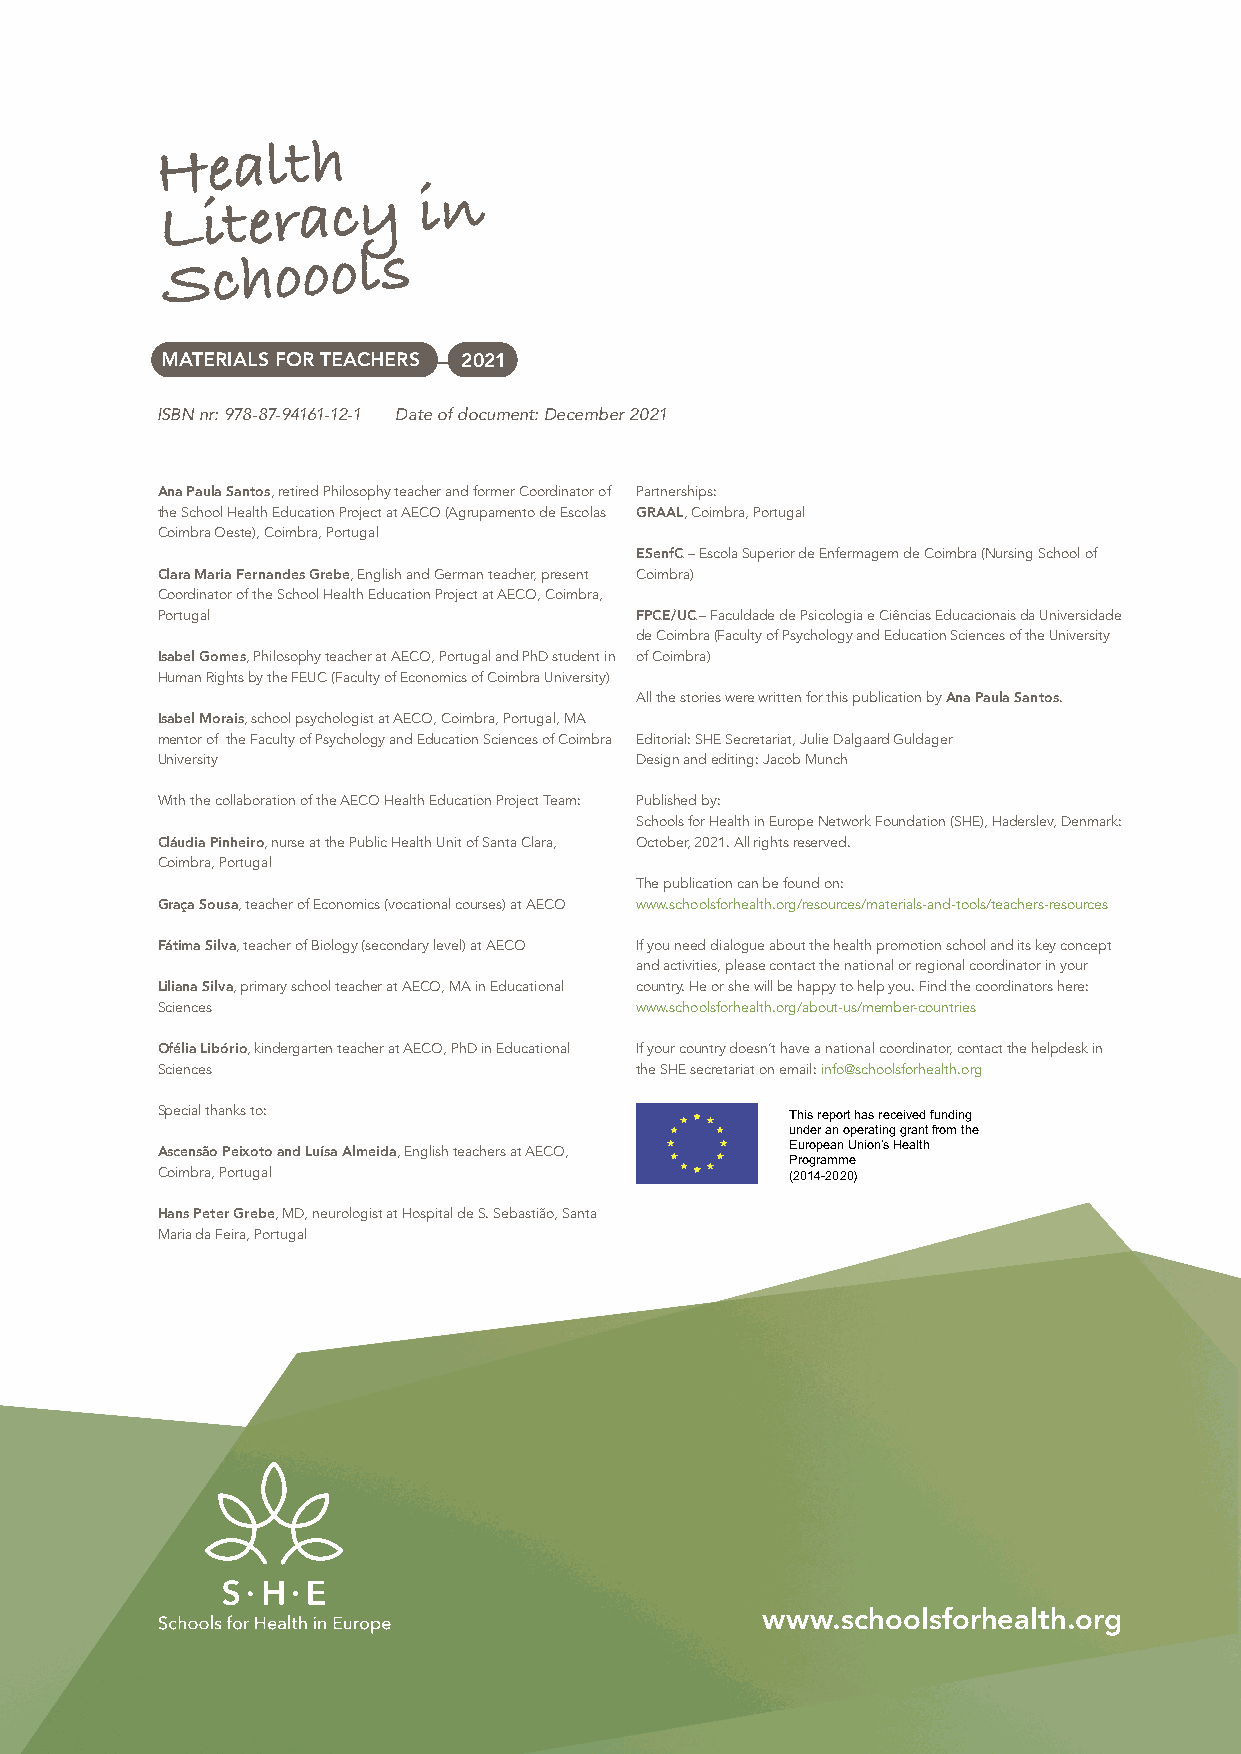
Health
 Literacy         in
 Schoools
 MATERIALS FOR TEACHERS 2021
 ISBN nr: 978-87-94161-12-1 Date of document: December 2021
 Ana Paula Santos, retired Philosophy teacher and former Coordinator of Partnerships:
 the School Health Education Project at AECO (Agrupamento de Escolas GRAAL, Coimbra, Portugal
 Coimbra Oeste), Coimbra, Portugal
 ESenfC – Escola Superior de Enfermagem de Coimbra (Nursing School of
 Clara Maria Fernandes Grebe, English and German teacher, present Coimbra)
 Coordinator of the School Health Education Project at AECO, Coimbra,
 Portugal                        FPCE/UC – Faculdade de Psicologia e Ciências Educacionais da Universidade
 de Coimbra (Faculty of Psychology and Education Sciences of the University
 Isabel Gomes, Philosophy teacher at AECO, Portugal and PhD student in of Coimbra)
 Human Rights by the FEUC (Faculty of Economics of Coimbra University)
 All the stories were written for this publication by Ana Paula Santos.
 Isabel Morais, school psychologist at AECO, Coimbra, Portugal, MA
 mentor of the Faculty of Psychology and Education Sciences of Coimbra Editorial: SHE Secretariat, Julie Dalgaard Guldager
 University                      Design and editing: Jacob Munch
 With the collaboration of the AECO Health Education Project Team: Published by:
 Schools for Health in Europe Network Foundation (SHE), Haderslev, Denmark:
 Cláudia Pinheiro, nurse at the Public Health Unit of Santa Clara, October, 2021. All rights reserved.
 Coimbra, Portugal
 The publication can be found on:
 Graça Sousa, teacher of Economics (vocational courses) at AECO www.schoolsforhealth.org/resources/materials-and-tools/teachers-resources
 Fátima Silva, teacher of Biology (secondary level) at AECO If you need dialogue about the health promotion school and its key concept
 and activities, please contact the national or regional coordinator in your
 Liliana Silva, primary school teacher at AECO, MA in Educational country. He or she will be happy to help you. Find the coordinators here:
 Sciences                        www.schoolsforhealth.org/about-us/member-countries
 Ofélia Libório, kindergarten teacher at AECO, PhD in Educational If your country doesn’t have a national coordinator, contact the helpdesk in
 Sciences                        the SHE secretariat on email: info@schoolsforhealth.org
 Special thanks to:                        This report has received funding
 under an operating grant from the
 Ascensão Peixoto and Luísa Almeida, English teachers at AECO, European Union’s Health
 Programme
 Coimbra, Portugal                         (2014-2020)
 Hans Peter Grebe, MD, neurologist at Hospital de S. Sebastião, Santa
 Maria da Feira, Portugal
 www.schoolsforhealth.org